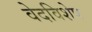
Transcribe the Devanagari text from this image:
वेदविशेष